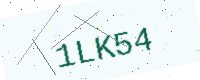
Text: 1LK54